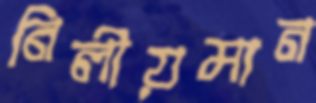
নিলীয়মান